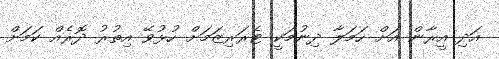
އަދި އީރާން އަށް ހަމަލާ ދިނުމަކީ ޓެރަރިޒަމަށް ހުޅުވޭ އިތުރު ދޮރެއް ކަމަށް